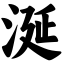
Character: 涎